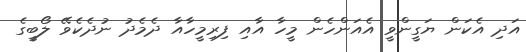
އަދި އެކަން ޔަގީންވީ އެއަންހެން މީހާ އާއި ފިރިމީހާއާ ދެމެދު ނުދެކެވޭ ލޯބީގެ